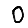
Digit: 0